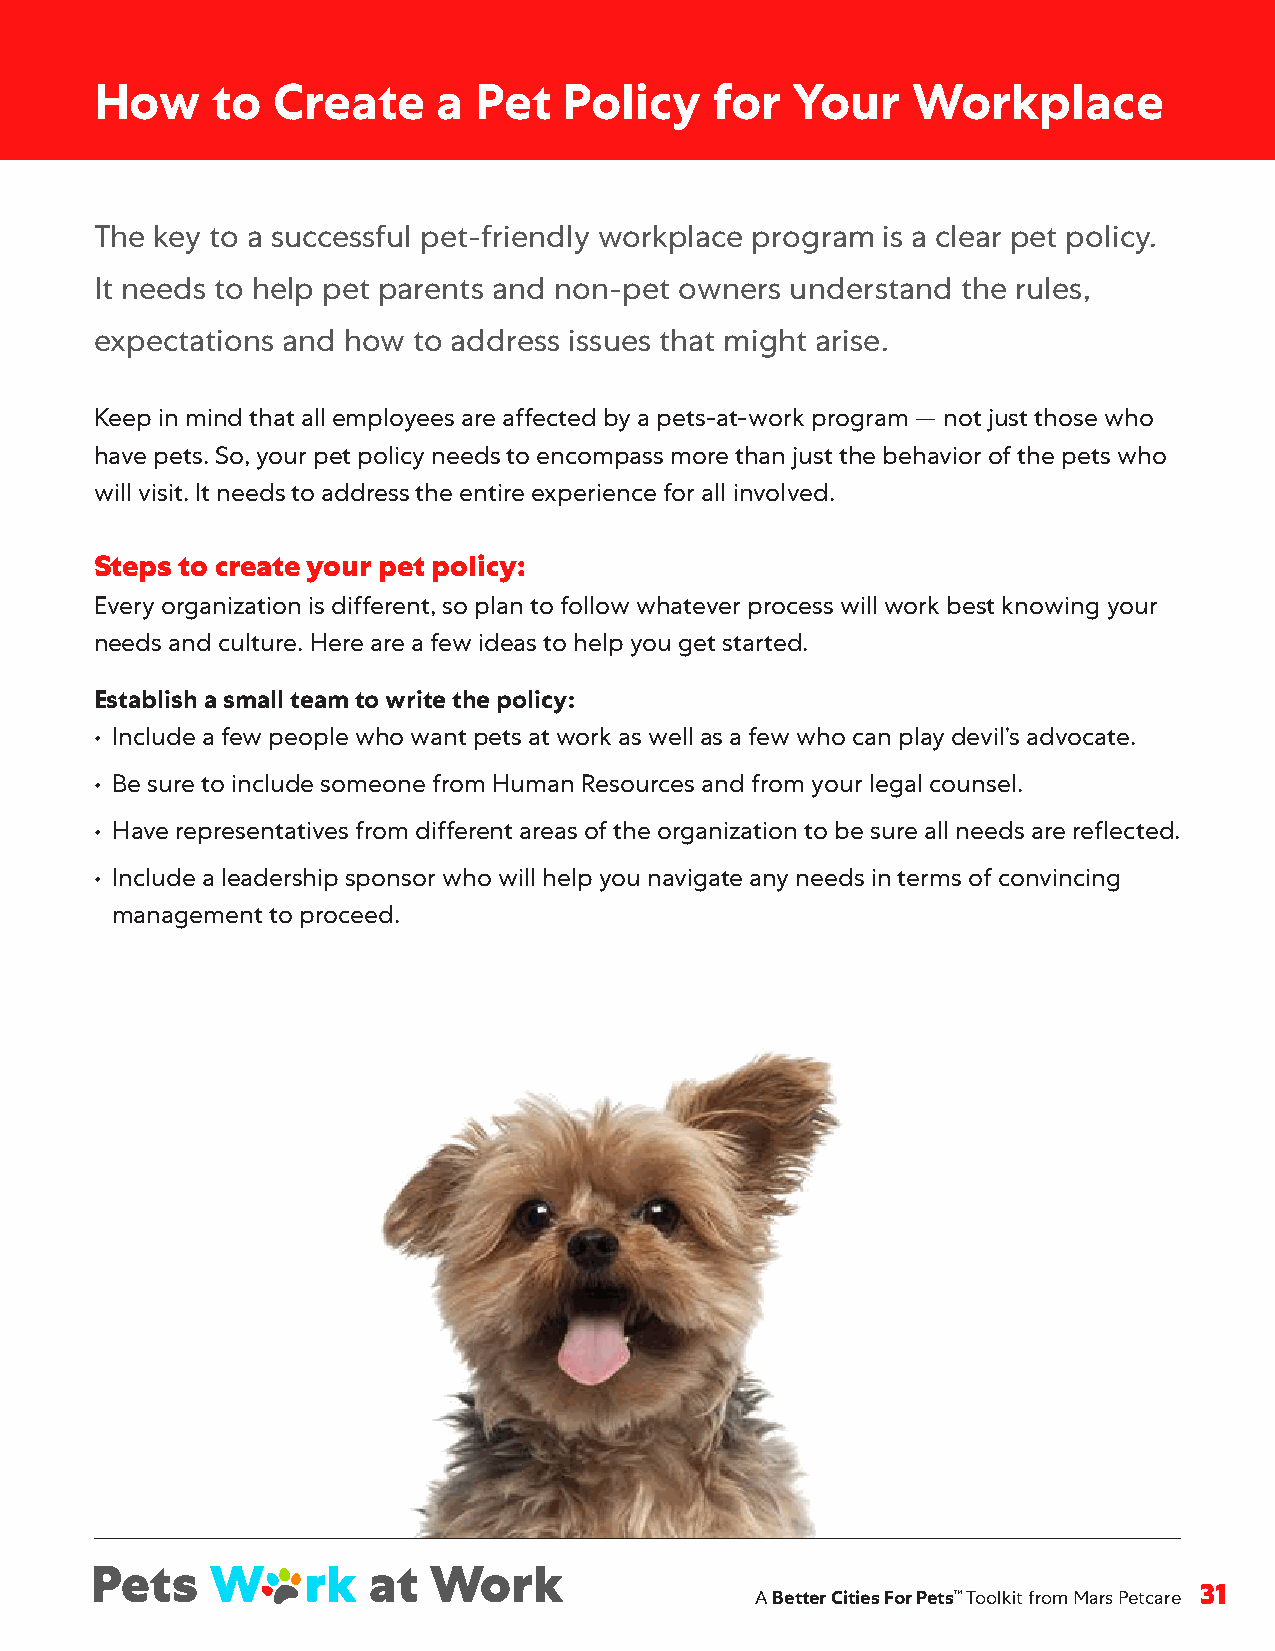
How     to  Create     a  Pet  Policy    for   Your   Workplace
 The key to a successful pet-friendly workplace program is a clear pet policy .
 It needs to help pet parents and non-pet owners understand the rules,
 expectations and how to address issues that might arise .
 Keep in mind that all employees are affected by a pets-at-work program — not just those who
 have pets . So, your pet policy needs to encompass more than just the behavior of the pets who
 will visit . It needs to address the entire experience for all involved .
 Steps to create your pet policy:
 Every organization is different, so plan to follow whatever process will work best knowing your
 needs and culture . Here are a few ideas to help you get started .
 Establish a small team to write the policy:
 • Include a few people who want pets at work as well as a few who can play devil’s advocate .
 • Be sure to include someone from Human Resources and from your legal counsel .
 • Have representatives from different areas of the organization to be sure all needs are reflected .
 • Include a leadership sponsor who will help you navigate any needs in terms of convincing
 management to proceed .
 A Better Cities For Pets™ Toolkit from Mars Petcare 31